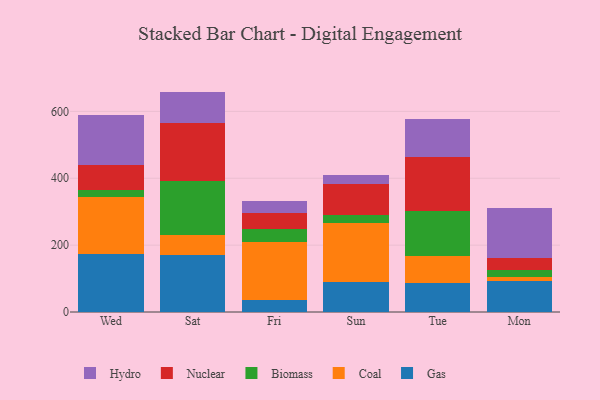
{"axis": {"x": "Day", "y": "Customer Acquisition Cost (USD)"}, "legend": ["Biomass", "Coal", "Gas", "Hydro", "Nuclear"], "data": [{"x": "Wed", "y": 172.7, "type": "Gas"}, {"x": "Wed", "y": 171.7, "type": "Coal"}, {"x": "Wed", "y": 19.3, "type": "Biomass"}, {"x": "Wed", "y": 75.0, "type": "Nuclear"}, {"x": "Wed", "y": 150.7, "type": "Hydro"}, {"x": "Sat", "y": 171.9, "type": "Gas"}, {"x": "Sat", "y": 59.5, "type": "Coal"}, {"x": "Sat", "y": 159.6, "type": "Biomass"}, {"x": "Sat", "y": 174.6, "type": "Nuclear"}, {"x": "Sat", "y": 93.6, "type": "Hydro"}, {"x": "Fri", "y": 36.1, "type": "Gas"}, {"x": "Fri", "y": 172.6, "type": "Coal"}, {"x": "Fri", "y": 40.3, "type": "Biomass"}, {"x": "Fri", "y": 47.8, "type": "Nuclear"}, {"x": "Fri", "y": 35.8, "type": "Hydro"}, {"x": "Sun", "y": 90.7, "type": "Gas"}, {"x": "Sun", "y": 176.3, "type": "Coal"}, {"x": "Sun", "y": 22.2, "type": "Biomass"}, {"x": "Sun", "y": 93.4, "type": "Nuclear"}, {"x": "Sun", "y": 27.9, "type": "Hydro"}, {"x": "Tue", "y": 86.0, "type": "Gas"}, {"x": "Tue", "y": 80.3, "type": "Coal"}, {"x": "Tue", "y": 136.3, "type": "Biomass"}, {"x": "Tue", "y": 159.8, "type": "Nuclear"}, {"x": "Tue", "y": 114.8, "type": "Hydro"}, {"x": "Mon", "y": 94.1, "type": "Gas"}, {"x": "Mon", "y": 10.9, "type": "Coal"}, {"x": "Mon", "y": 19.8, "type": "Biomass"}, {"x": "Mon", "y": 36.9, "type": "Nuclear"}, {"x": "Mon", "y": 150.7, "type": "Hydro"}]}